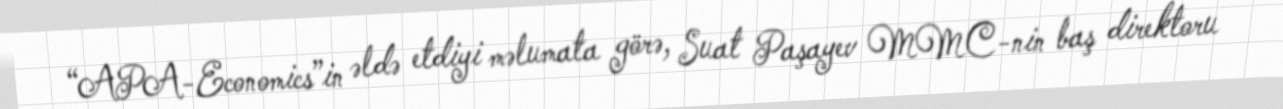
“APA-Economics”in əldə etdiyi məlumata görə, Suat Paşayev MMC-nin baş direktoru